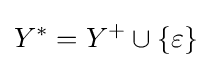
Y^{*}=Y^{+}\cup \{\varepsilon \}